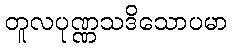
တူလပုဏ္ဏသဒိသောပမာ